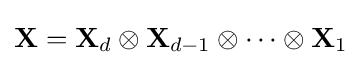
\mathbf {X} =\mathbf {X} _{d}\otimes \mathbf {X} _{d-1}\otimes \dots \otimes \mathbf {X} _{1}